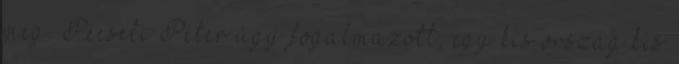
meg. Pécseli Péter úgy fogalmazott, egy kis ország kis